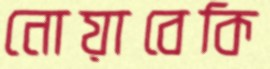
নোয়াবেকি